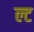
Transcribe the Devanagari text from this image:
ल्ट